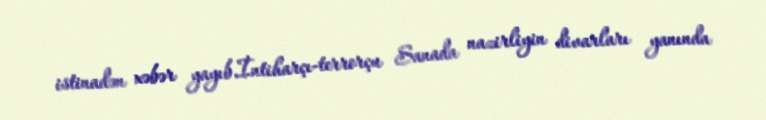
istinadən xəbər yayıb.İntiharçı-terrorçu Sanada nazirliyin divarları yanında